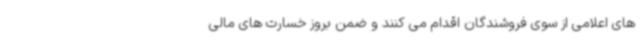
های اعلامی از سوی فروشندگان اقدام می کنند و ضمن بروز خسارت های مالی